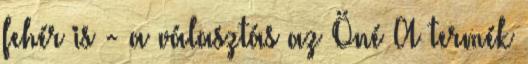
fehér is - a választás az Öné A termék